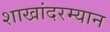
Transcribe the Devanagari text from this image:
शाखांदरम्यान